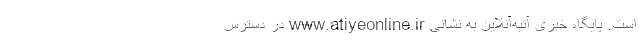
است. پایگاه خبری آتیه‌آنلاین به نشانی www.atiyeonline.ir در دسترس